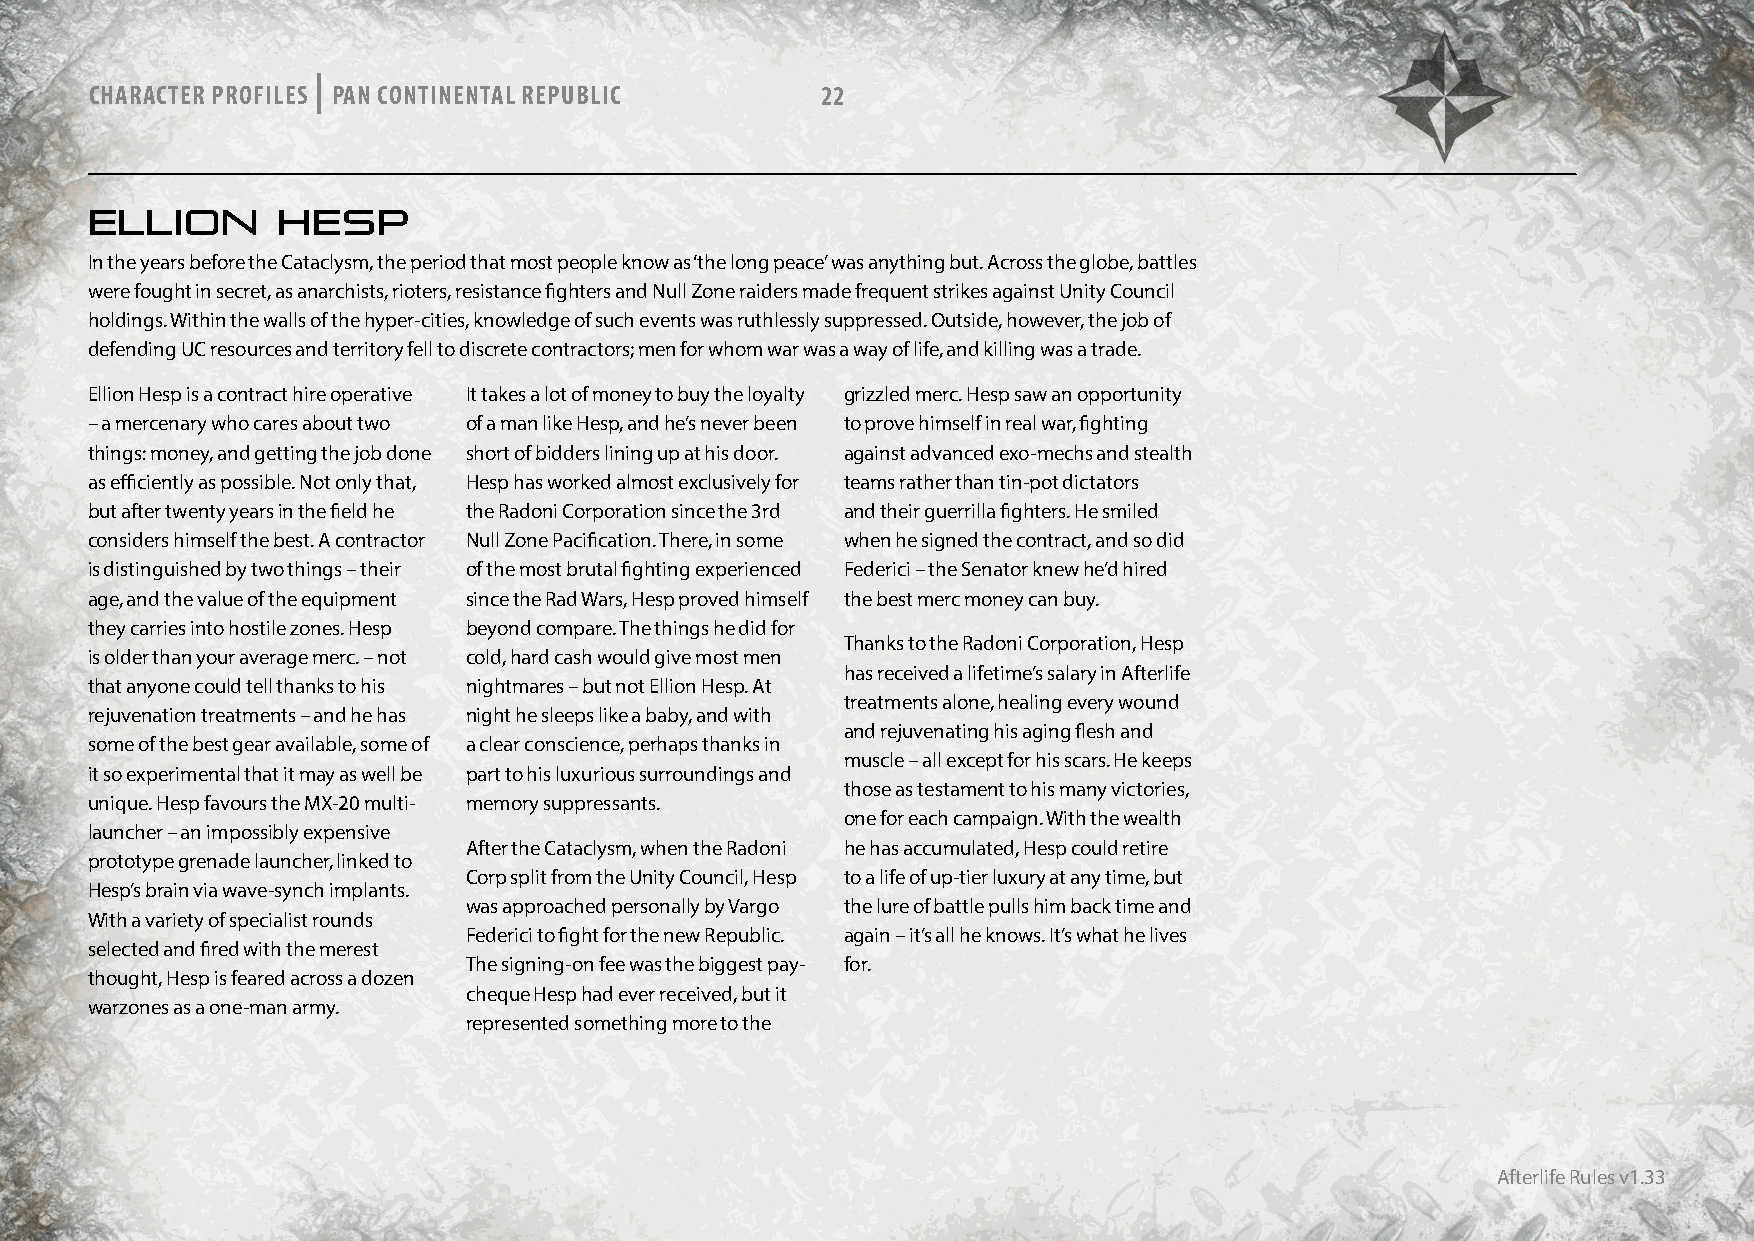
|
 CHARACTER PROFILES PAN CONTINENTAL REPUBLIC     22
 ELLION      HESP
 In the years before the Cataclysm, the period that most people know as ‘the long peace’ was anything but. Across the globe, battles
 were fought in secret, as anarchists, rioters, resistance fighters and Null Zone raiders made frequent strikes against Unity Council
 holdings. Within the walls of the hyper-cities, knowledge of such events was ruthlessly suppressed. Outside, however, the job of
 defending UC resources and territory fell to discrete contractors; men for whom war was a way of life, and killing was a trade.
 Ellion Hesp is a contract hire operative It takes a lot of money to buy the loyalty grizzled merc. Hesp saw an opportunity
 – a mercenary who cares about two of a man like Hesp, and he’s never been to prove himself in real war, fighting
 things: money, and getting the job done short of bidders lining up at his door. against advanced exo-mechs and stealth
 as efficiently as possible. Not only that, Hesp has worked almost exclusively for teams rather than tin-pot dictators
 but after twenty years in the field he the Radoni Corporation since the 3rd and their guerrilla fighters. He smiled
 considers himself the best. A contractor Null Zone Pacification. There, in some when he signed the contract, and so did
 is distinguished by two things – their of the most brutal fighting experienced Federici – the Senator knew he’d hired
 age, and the value of the equipment since the Rad Wars, Hesp proved himself the best merc money can buy.
 they carries into hostile zones. Hesp beyond compare. The things he did for
 Thanks to the Radoni Corporation, Hesp
 is older than your average merc. – not cold, hard cash would give most men
 has received a lifetime’s salary in Afterlife
 that anyone could tell thanks to his nightmares – but not Ellion Hesp. At
 treatments alone, healing every wound
 rejuvenation treatments – and he has night he sleeps like a baby, and with
 and rejuvenating his aging flesh and
 some of the best gear available, some of a clear conscience, perhaps thanks in
 muscle – all except for his scars. He keeps
 it so experimental that it may as well be part to his luxurious surroundings and
 those as testament to his many victories,
 unique. Hesp favours the MX-20 multi- memory suppressants.
 one for each campaign. With the wealth
 launcher – an impossibly expensive
 After the Cataclysm, when the Radoni he has accumulated, Hesp could retire
 prototype grenade launcher, linked to
 Corp split from the Unity Council, Hesp to a life of up-tier luxury at any time, but
 Hesp’s brain via wave-synch implants.
 was approached personally by Vargo the lure of battle pulls him back time and
 With a variety of specialist rounds
 Federici to fight for the new Republic. again – it’s all he knows. It’s what he lives
 selected and fired with the merest
 The signing-on fee was the biggest pay- for.
 thought, Hesp is feared across a dozen
 cheque Hesp had ever received, but it
 warzones as a one-man army.
 represented something more to the
 Afterlife Rules v1.33